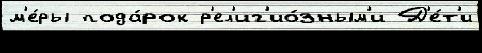
м'е́ры пода́рок р'ел'иг'ио́зным'и Д'е́т'и